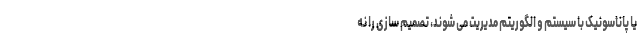
یا پاناسونیک با سیستم و الگوریتم مدیریت می شوند، تصمیم ­سازی را نه